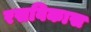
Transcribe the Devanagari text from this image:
रसविकास